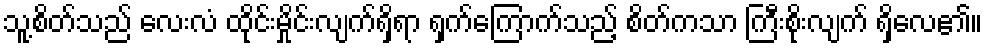
သူ့စိတ်သည် လေးလံ ထိုင်းမှိုင်းလျက်ရှိရာ ရှက်ကြောက်သည့် စိတ်ကသာ ကြီးစိုးလျက် ရှိလေ၏။